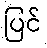
ပြင်